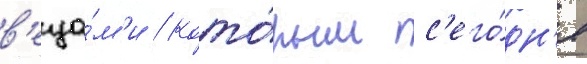
в'еща́м'и / кото́рым с'его́дн'я